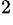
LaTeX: ^\mathrm{2}